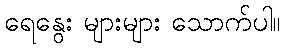
ရေနွေး များများ သောက်ပါ။